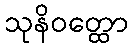
သုနိဝတ္ထော